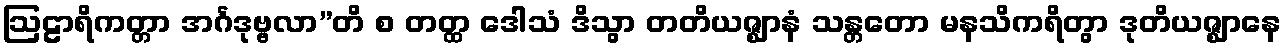
ဩဠာရိကတ္တာ အင်္ဂဒုဗ္ဗလာ”တိ စ တတ္ထ ဒေါသံ ဒိသွာ တတိယဇ္ဈာနံ သန္တတော မနသိကရိတွာ ဒုတိယဇ္ဈာနေ